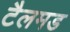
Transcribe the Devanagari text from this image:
टैलमड